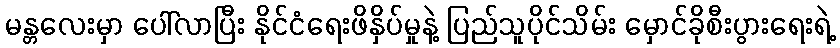
မန္တလေးမှာ ပေါ်လာပြီး နိုင်ငံရေးဖိနှိပ်မှုနဲ့ ပြည်သူပိုင်သိမ်း မှောင်ခိုစီးပွားရေးရဲ့